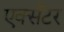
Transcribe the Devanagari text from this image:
एक्सॅटर